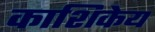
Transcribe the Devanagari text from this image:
काशिकेय